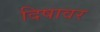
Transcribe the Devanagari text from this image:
दिषावर